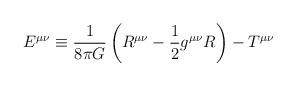
LaTeX: \begin{align*}E^{\mu\nu}\equiv\frac{1}{8\pi G} \left(R^{\mu\nu}-\frac{1}{2}g^{\mu\nu}R\right)-T^{\mu\nu}\end{align*}